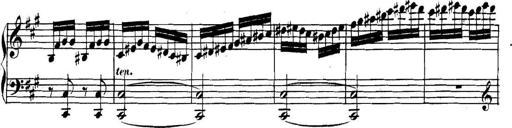
Title: Collected Piano Sonatas
Composer: Muzio Clementi